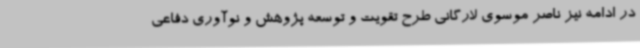
در ادامه نیز ناصر موسوی لارگانی طرح تقویت و توسعه پژوهش و نوآوری دفاعی